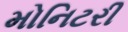
મોનિટરી